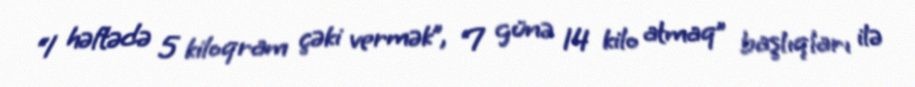
“1 həftədə 5 kiloqram çəki vermək”, “7 günə 14 kilo atmaq” başlıqları ilə